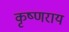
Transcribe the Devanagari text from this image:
कृष्णराय